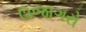
ઉજાગરો